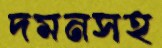
দমনসহ